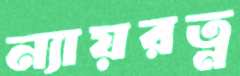
ন্যায়রত্ন